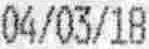
04/03/18